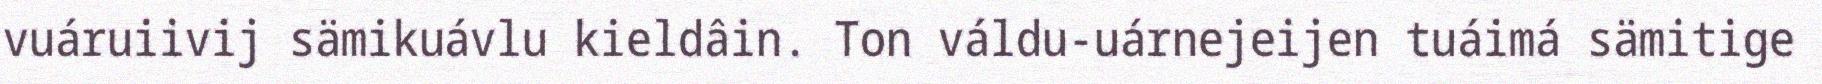
vuáruiivij sämikuávlu kieldâin. Ton váldu-uárnejeijen tuáimá sämitige